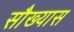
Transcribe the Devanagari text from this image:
सौख्यास